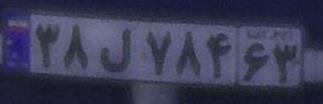
۳۸ل۷۸۴۶۳